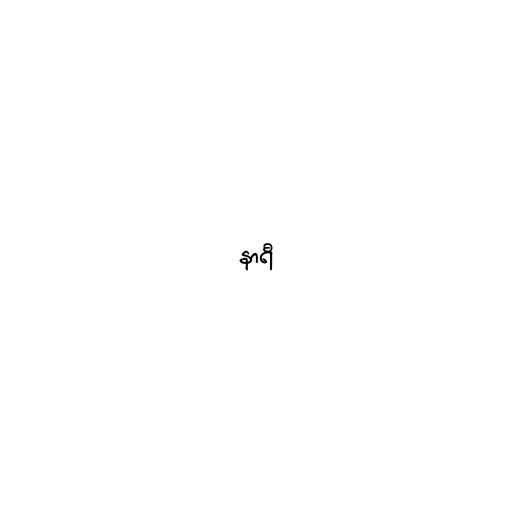
နာရီ